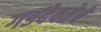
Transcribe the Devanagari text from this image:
गडदेवतेचे